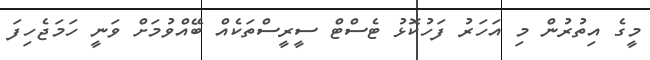
މީގެ އިތުރުން މި އަހަރު ފަހުކޮޅު ޓެސްޓް ސީރީސްތަކެއް ބޭއްވުމަށް ވަނީ ހަމަޖެހިފަ